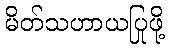
မိတ်သဟာယပြုဖို့